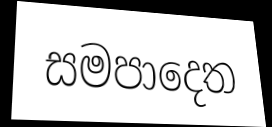
සමපාදෙත